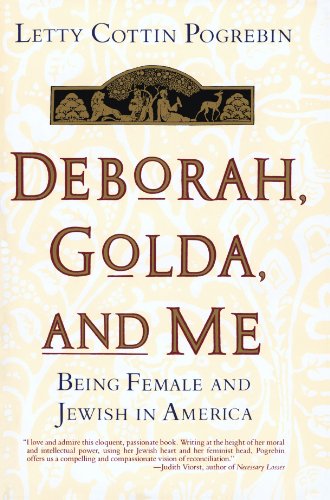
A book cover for Deborah, Golda, and Me: Being Female and Jewish in America; Letty Pogrebin; Religion & Spirituality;